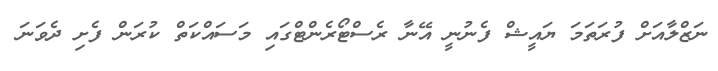
ނަޒްލާއަށް ފުރަތަމަ ޔައީޝް ފެނުނީ އޭނާ ރެސްޓޯރެންޓްގައި މަސައްކަތް ކުރަން ފެށި ދެވަނަ